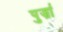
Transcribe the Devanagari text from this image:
पुर्ज़ा